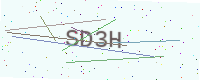
Text: SD3H